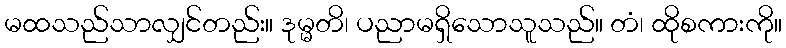
မထသည်သာလျှင်တည်း။ ဒုမ္မတိ၊ ပညာမရှိသောသူသည်။ တံ၊ ထိုစကားကို။